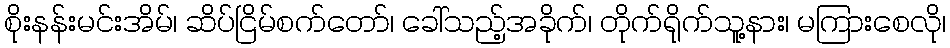
စိုးနန်းမင်းအိမ်၊ ဆိပ်ငြိမ်စက်တော်၊ ခေါ်သည့်အခိုက်၊ တိုက်ရိုက်သူ့နား၊ မကြားစေလို၊